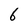
Character: 6